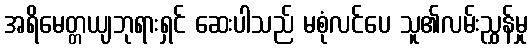
အရိမေတ္တယျဘုရားရှင် ဆေးပါသည် မစုံလင်ပေ သူ၏လမ်းညွှန်မှု